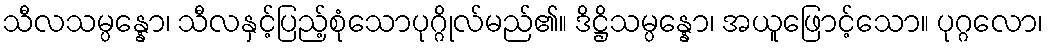
သီလသမ္ပန္နော၊ သီလနှင့်ပြည့်စုံသောပုဂ္ဂိုလ်မည်၏။ ဒိဋ္ဌိသမ္ပန္နော၊ အယူဖြောင့်သော။ ပုဂ္ဂလော၊